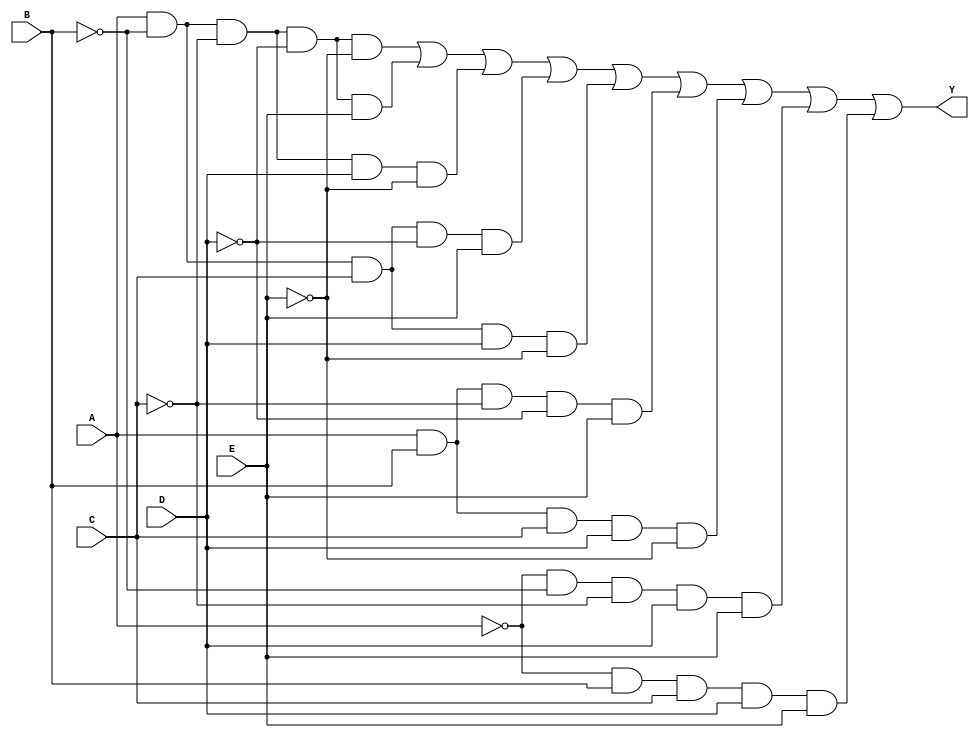
module five_variable_kmap (
    input wire A,   // Input variable A
    input wire B,   // Input variable B
    input wire C,   // Input variable C
    input wire D,   // Input variable D
    input wire E,   // Input variable E
    output wire Y   // Output variable Y
);

// Define the combinational logic for the output Y based on the K-map.
// The minterms where the output Y equals 1 will be placed here based on 
// your specified functional requirements.
// For instance, assume minterms for the output are 0, 1, 3, 5, 7, 11, 15, 23, 31.
// These minterms correspond to binary representations of 
// the inputs that yield a '1' in the K-map.

assign Y = (A & ~B & ~C & ~D & ~E) | // minterm 0
           (A & ~B & ~C & ~D & E)  | // minterm 1
           (A & ~B & ~C & D & ~E)  | // minterm 3
           (A & ~B & C & ~D & E)    | // minterm 5
           (A & ~B & C & D & ~E)    | // minterm 7
           (A & B & ~C & ~D & E)     | // minterm 11
           (A & B & C & D & ~E)      | // minterm 15
           (~A & ~B & ~C & D & E)    | // minterm 23
           (~A & B & C & D & E);      // minterm 31

endmodule